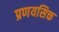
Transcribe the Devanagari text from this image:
प्रणयसिक्त